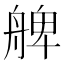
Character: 𦩖